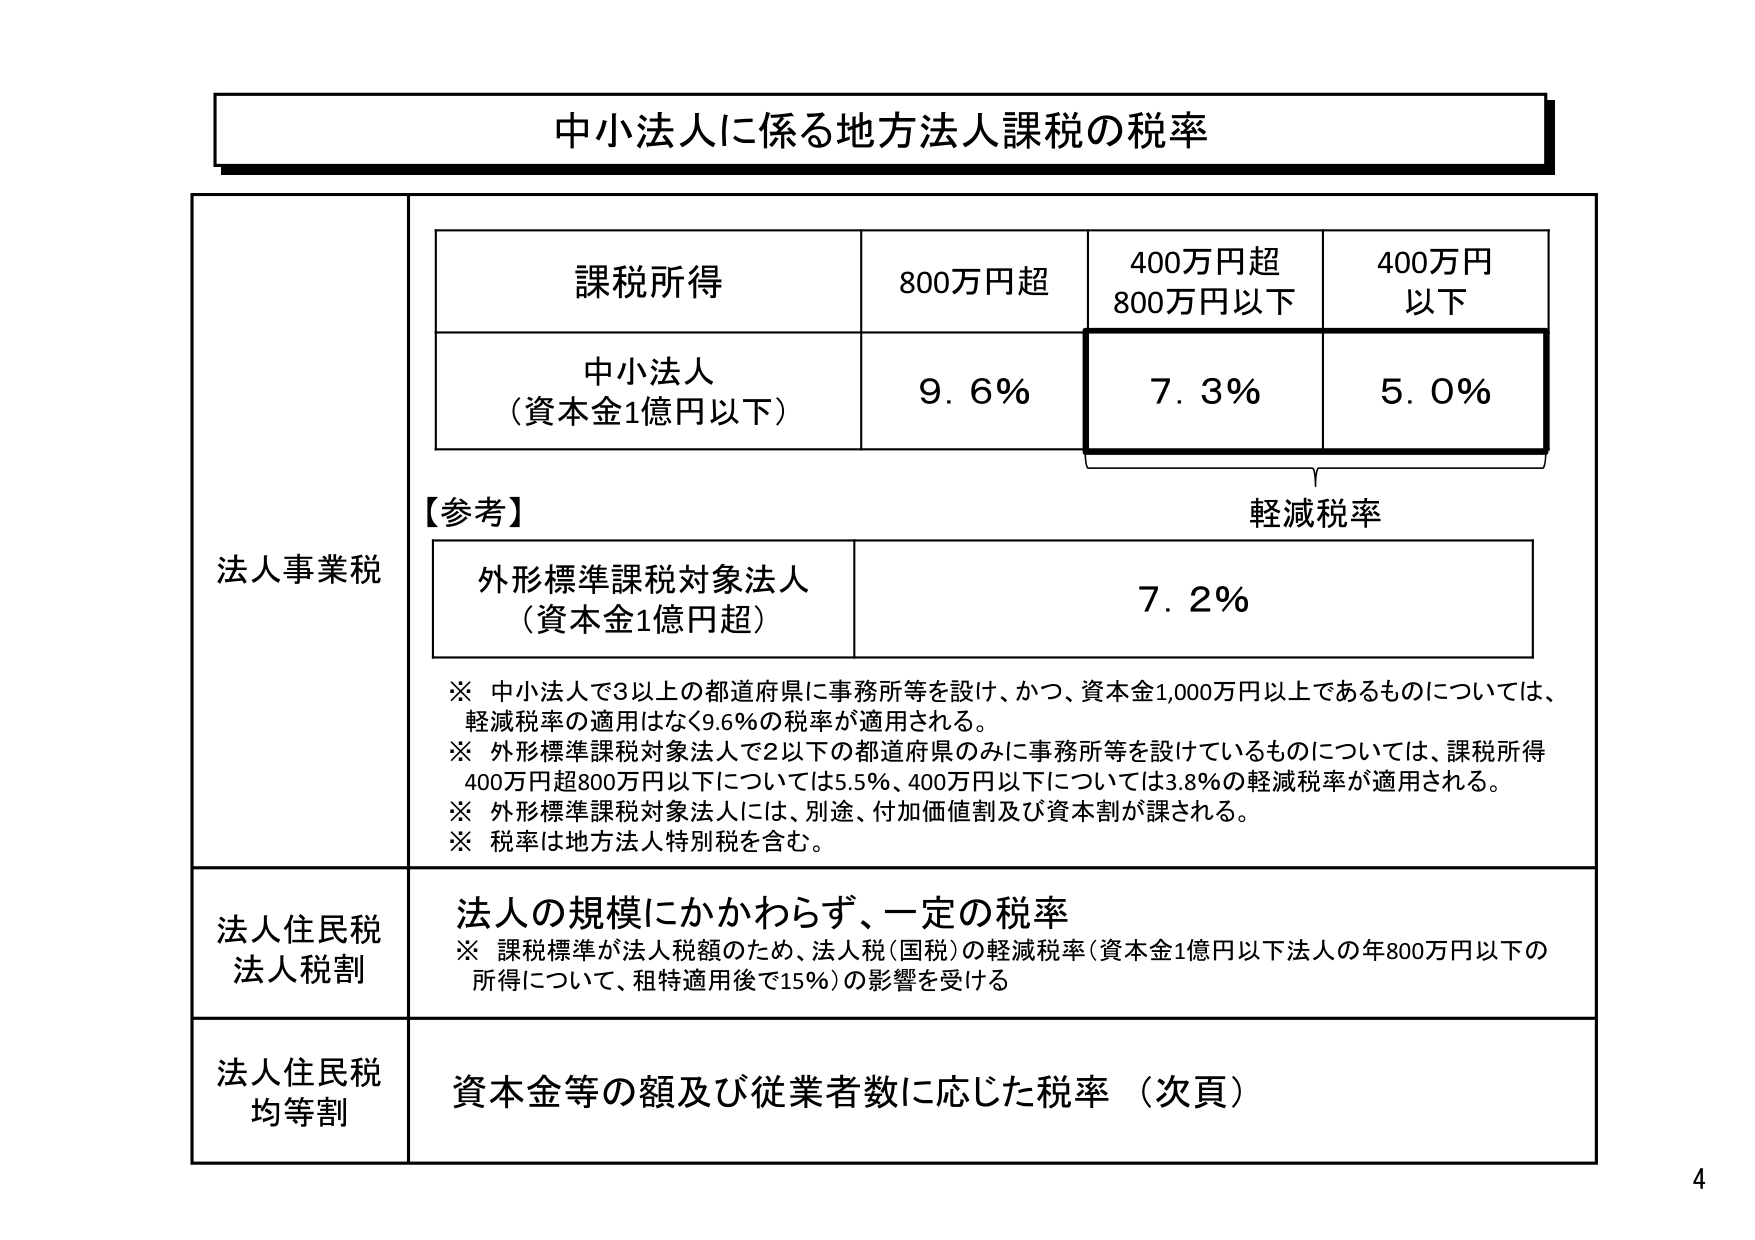
中小法人に係る地方法人課税の税率

法人事業税

課税所得　800万円超　400万円超800万円以下　400万円以下
中小法人（資本金1億円以下）　9.6%　7.3%　5.0%

【参考】
外形標準課税対象法人（資本金1億円超）　7.2%

※ 中小法人で3以上の都道府県に事務所等を設け、かつ、資本金1,000万円以上であるものについては、軽減税率の適用はなく9.6%の税率が適用される。
※ 外形標準課税対象法人で2以下の都道府県のみに事務所等を設けているものについては、課税所得400万円超800万円以下については5.5%、400万円以下については3.8%の軽減税率が適用される。
※ 外形標準課税対象法人には、別途、付加価値割及び資本割が課される。
※ 税率は地方法人特別税を含む。

法人住民税
法人税割
法人の規模にかかわらず、一定の税率
※ 課税標準が法人税額のため、法人税（国税）の軽減税率（資本金1億円以下法人の年800万円以下の所得について、租特適用後で15%）の影響を受ける

法人住民税
均等割
資本金等の額及び従業者数に応じた税率（次頁）

4